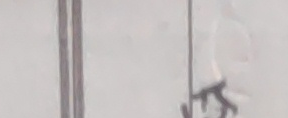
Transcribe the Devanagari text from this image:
ल